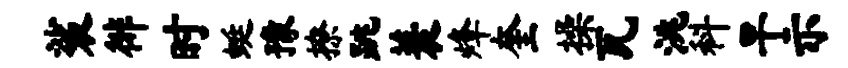
裟徘时蜓豫撩跳蓑烽奎操瓦洮科旱示